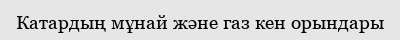
Катардың мұнай және газ кен орындары